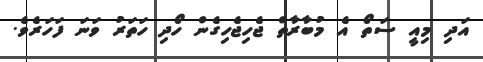
އަދި މިއީ ސަތޯ އެ މުބާރާތް ޖެހިޖެހިގެން ހޯދި ހަތަރު ވަނަ ފަހަރެވެ.